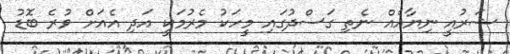
ޝަރުއީ ނިޔާއެއް ނެތި ގަސްދުގައި މީހަކު މެރުމަކީ އަދި އެއަށް ވުރެ ބޮޑު